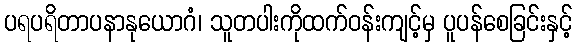
ပရပရိတာပနာနုယောဂံ၊ သူတပါးကိုထက်ဝန်းကျင့်မှ ပူပန်စေခြင်းနှင့်